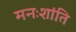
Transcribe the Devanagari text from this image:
मनःशांति